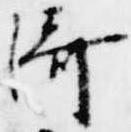
済